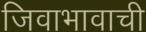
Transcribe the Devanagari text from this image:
जिवाभावाची